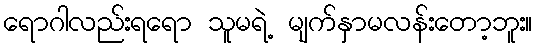
ရောဂါလည်းရရော သူမရဲ့ မျက်နှာမလန်းတော့ဘူး။